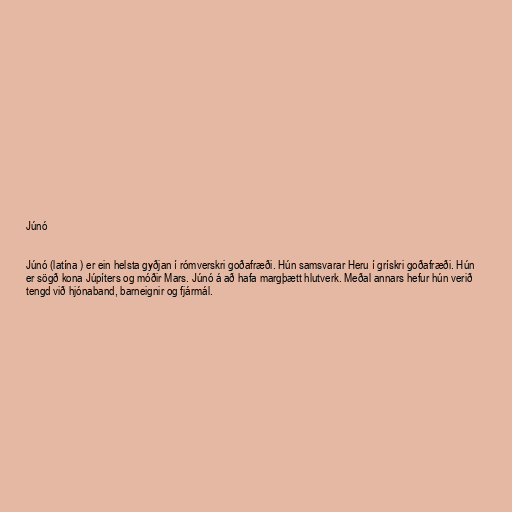
Júnó

Júnó (latína ) er ein helsta gyðjan í rómverskri goðafræði. Hún samsvarar Heru í grískri goðafræði. Hún
er sögð kona Júpíters og móðir Mars. Júnó á að hafa margþætt hlutverk. Meðal annars hefur hún verið
tengd við hjónaband, barneignir og fjármál.